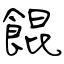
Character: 餛